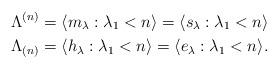
LaTeX: \begin{align*}&\Lambda^{(n)} = \langle m_{\lambda} : \lambda_1 < n \rangle = \langle s_{\lambda} : \lambda_1 < n \rangle\\&\Lambda_{(n)} = \langle h_{\lambda} : \lambda_1 < n \rangle = \langle e_{\lambda} : \lambda_1 < n \rangle.\end{align*}